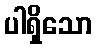
ပါရှိသော